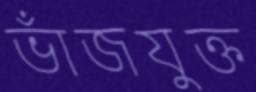
ভাঁজযুক্ত